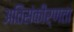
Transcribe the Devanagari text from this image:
अतिसंकीर्णता